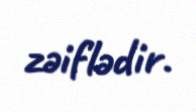
zəiflədir.